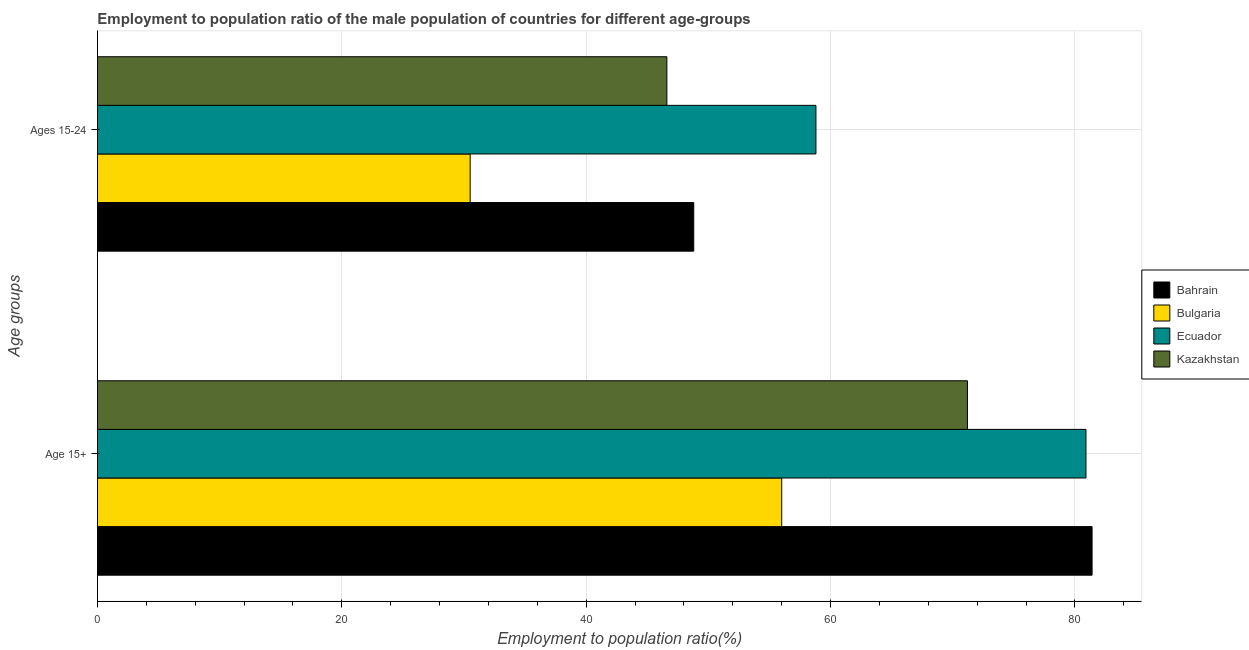
| Age groups | Bahrain | Bulgaria | Ecuador | Kazakhstan |
 | --- | --- | --- | --- | --- |
 | Age 15+ | 81.4 | 56 | 80.9 | 71.2 |
 | Ages 15-24 | 48.8 | 30.5 | 58.8 | 46.6 |